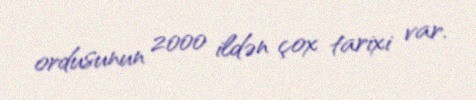
ordusunun 2000 ildən çox tarixi var.